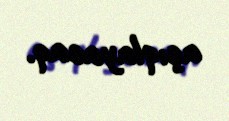
açıqlayacaq.